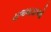
રાજવાડાઓ